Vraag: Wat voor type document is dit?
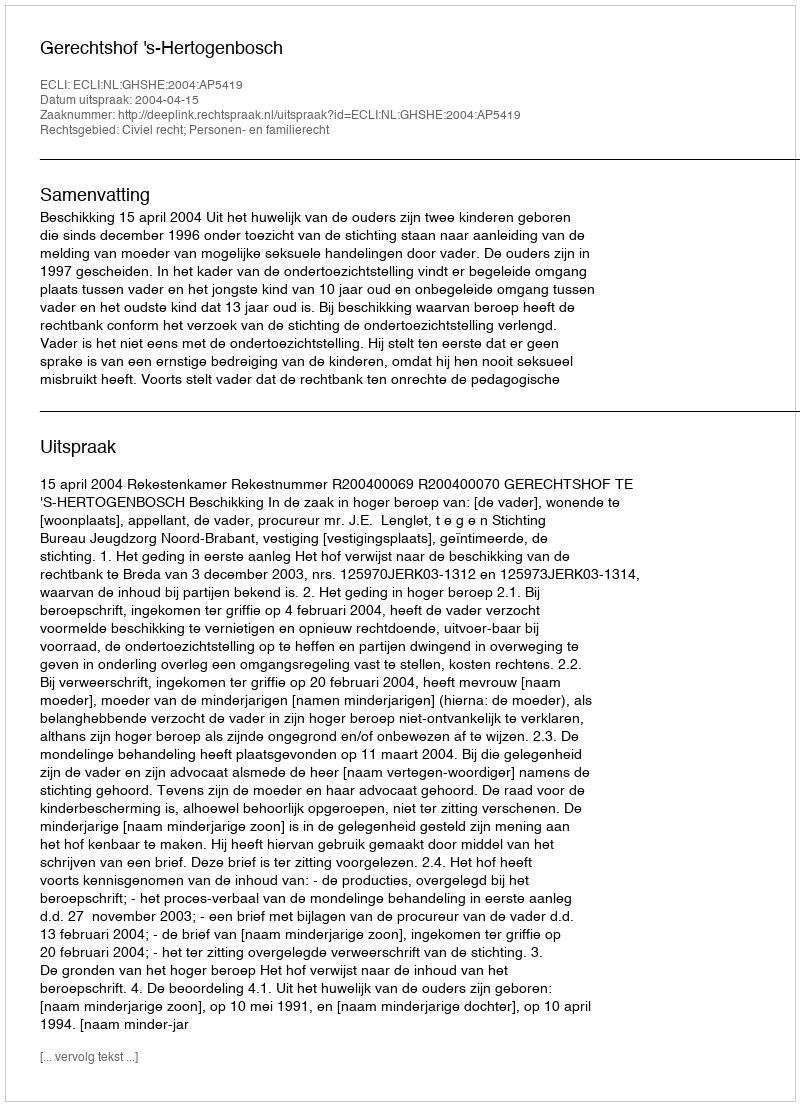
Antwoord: Uitspraak